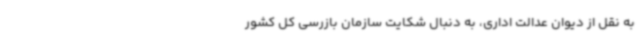
به نقل از دیوان عدالت اداری، به دنبال شکایت سازمان بازرسی کل کشور